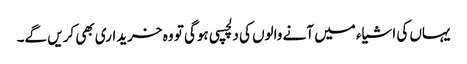
یہاں کی اشیاء میں آنے والوں کی دلچسپی ہوگی تو وہ خریداری بھی کریں گے۔